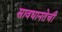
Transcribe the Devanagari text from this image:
सावधानतेची